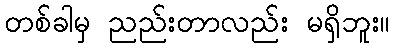
တစ်ခါမှ ညည်းတာလည်း မရှိဘူး။